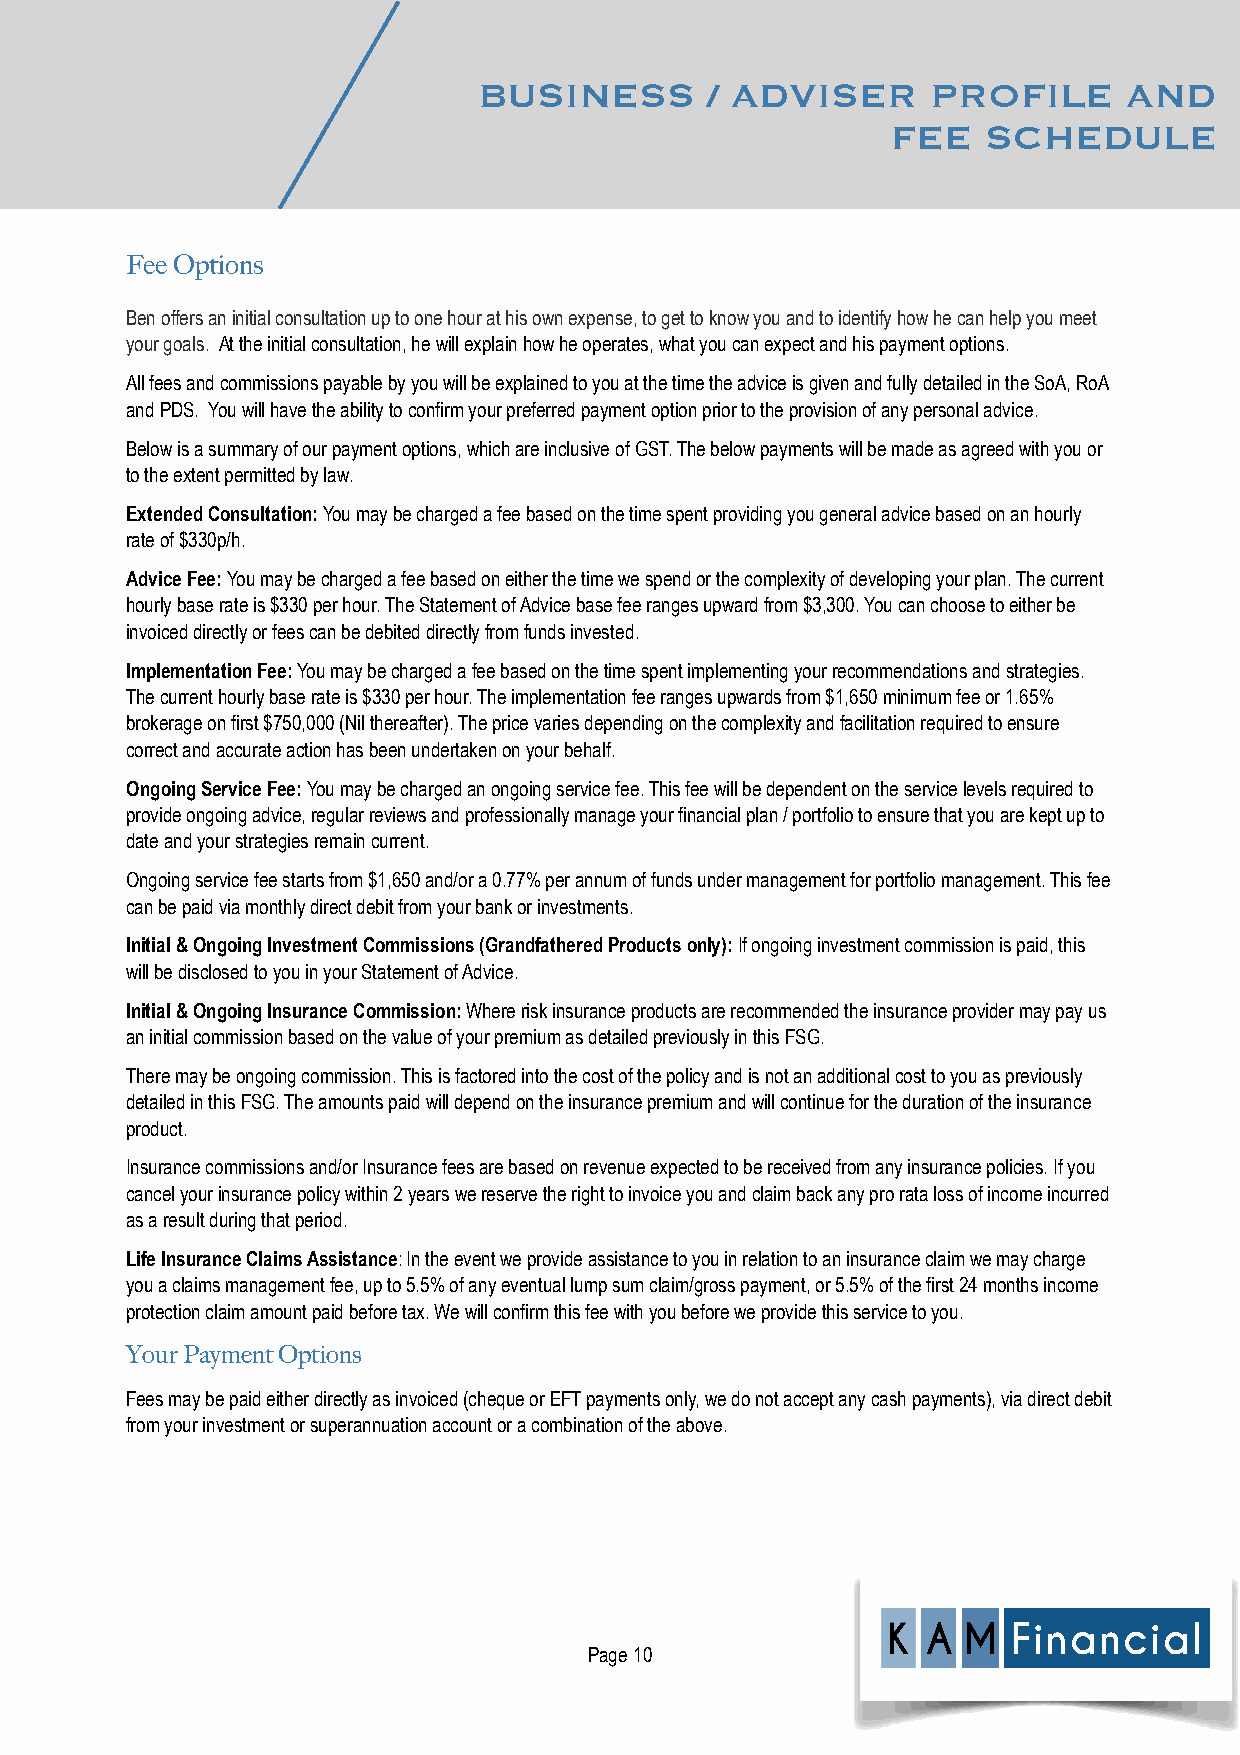
BUSINESS       / ADVISER      PROFILE      AND
 FEE   SCHEDULE
 Fee Options
 Ben offers an initial consultation up to one hour at his own expense, to get to know you and to identify how he can help you meet
 your goals. At the initial consultation, he will explain how he operates, what you can expect and his payment options.
 All fees and commissions payable by you will be explained to you at the time the advice is given and fully detailed in the SoA, RoA
 and PDS. You will have the ability to confirm your preferred payment option prior to the provision of any personal advice.
 Below is a summary of our payment options, which are inclusive of GST. The below payments will be made as agreed with you or
 to the extent permitted by law.
 Extended Consultation: You may be charged a fee based on the time spent providing you general advice based on an hourly
 rate of $330p/h.
 Advice Fee: You may be charged a fee based on either the time we spend or the complexity of developing your plan. The current
 hourly base rate is $330 per hour. The Statement of Advice base fee ranges upward from $3,300. You can choose to either be
 invoiced directly or fees can be debited directly from funds invested.
 Implementation Fee: You may be charged a fee based on the time spent implementing your recommendations and strategies.
 The current hourly base rate is $330 per hour. The implementation fee ranges upwards from $1,650 minimum fee or 1.65%
 brokerage on first $750,000 (Nil thereafter). The price varies depending on the complexity and facilitation required to ensure
 correct and accurate action has been undertaken on your behalf.
 Ongoing Service Fee: You may be charged an ongoing service fee. This fee will be dependent on the service levels required to
 provide ongoing advice, regular reviews and professionally manage your financial plan / portfolio to ensure that you are kept up to
 date and your strategies remain current.
 Ongoing service fee starts from $1,650 and/or a 0.77% per annum of funds under management for portfolio management. This fee
 can be paid via monthly direct debit from your bank or investments.
 Initial & Ongoing Investment Commissions (Grandfathered Products only): If ongoing investment commission is paid, this
 will be disclosed to you in your Statement of Advice.
 Initial & Ongoing Insurance Commission: Where risk insurance products are recommended the insurance provider may pay us
 an initial commission based on the value of your premium as detailed previously in this FSG.
 There may be ongoing commission. This is factored into the cost of the policy and is not an additional cost to you as previously
 detailed in this FSG. The amounts paid will depend on the insurance premium and will continue for the duration of the insurance
 product.
 Insurance commissions and/or Insurance fees are based on revenue expected to be received from any insurance policies. If you
 cancel your insurance policy within 2 years we reserve the right to invoice you and claim back any pro rata loss of income incurred
 as a result during that period.
 Life Insurance Claims Assistance: In the event we provide assistance to you in relation to an insurance claim we may charge
 you a claims management fee, up to 5.5% of any eventual lump sum claim/gross payment, or 5.5% of the first 24 months income
 protection claim amount paid before tax. We will confirm this fee with you before we provide this service to you.
 Your Payment Options
 Fees may be paid either directly as invoiced (cheque or EFT payments only, we do not accept any cash payments), via direct debit
 from your investment or superannuation account or a combination of the above.
 Page 10